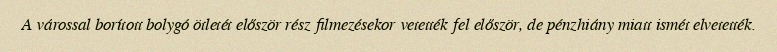
A várossal borított bolygó ötletét először rész filmezésekor vetették fel először, de pénzhiány miatt ismét elvetették.